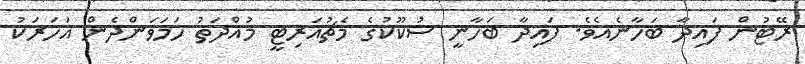
ރޭޓުން ފައިދާ ބަހާނެއެވެ. ފައިދާ ބަހާނީ ސުކޫކުގެ މެޗުއަރިޓީ މުއްދަތު ހަމަވަންދެން އަހަރަކު